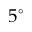
5 ^ { \circ }